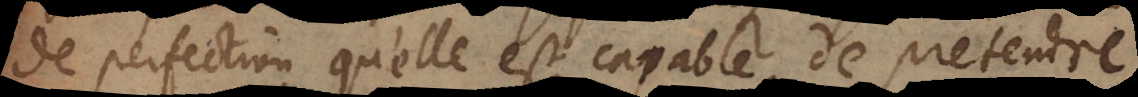
de perfection qu’elle est capable de pretendre